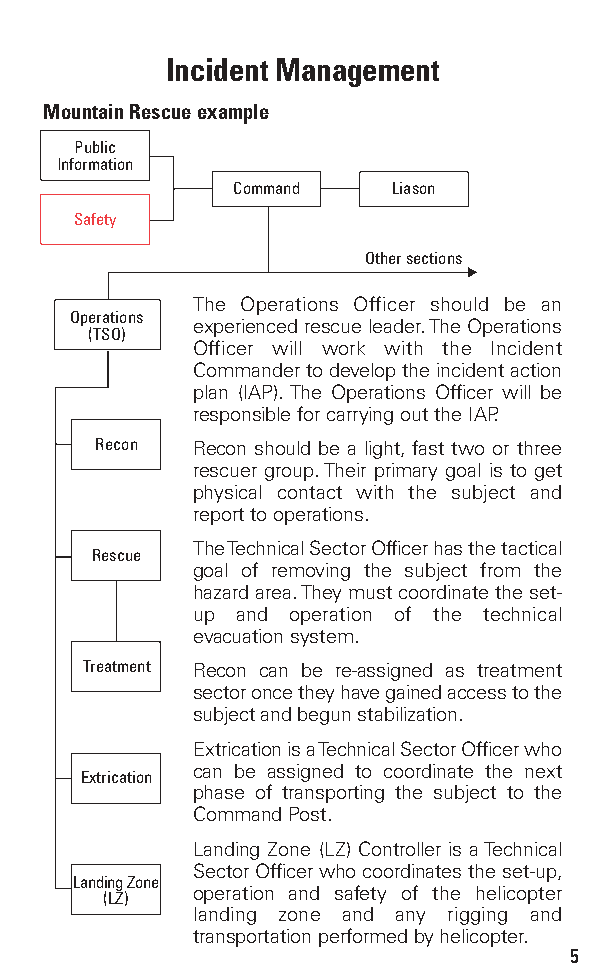
Incident Management
 Mountain Rescue example
 Public
 Information
 Command    Liason
 Safety
 Other sections
 The Operations Officer should be an
 Operations
 experienced rescue leader. The Operations
 (TSO)
 Officer will work with the Incident
 Commander to develop the incident action
 plan (IAP). The Operations Officer will be
 responsible for carrying out the IAP.
 Recon  Recon should be a light, fast two or three
 rescuer group. Their primary goal is to get
 physical contact with the subject and
 report to operations.
 The Technical Sector Officer has the tactical
 Rescue
 goal of removing the subject from the
 hazard area. They must coordinate the set-
 up and operation of the technical
 evacuation system.
 Treatment Recon can be re-assigned as treatment
 sector once they have gained access to the
 subject and begun stabilization.
 Extrication is a Technical Sector Officer who
 can be assigned to coordinate the next
 Extrication
 phase of transporting the subject to the
 Command Post.
 Landing Zone (LZ) Controller is a Technical
 Sector Officer who coordinates the set-up,
 Landing Zone
 operation and safety of the helicopter
 (LZ)
 landing zone and any rigging and
 transportation performed by helicopter.
 5